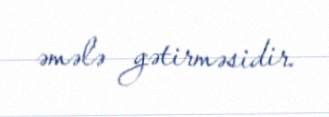
əmələ gətirməsidir.